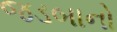
જડબાનો